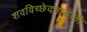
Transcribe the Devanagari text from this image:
शवविच्छेदनासाठी